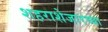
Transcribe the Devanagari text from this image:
शहराशेजारच्या